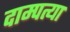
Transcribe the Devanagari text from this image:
दाम्पत्या